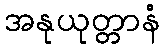
အနုယုတ္တာနံ